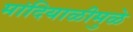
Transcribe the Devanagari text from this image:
मांदियाळीमुळे